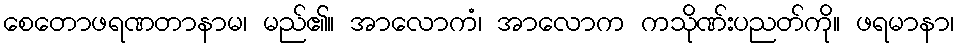
စေတောဖရဏတာနာမ၊ မည်၏။ အာလောကံ၊ အာလောက ကသိုဏ်းပညတ်ကို။ ဖရမာနာ၊